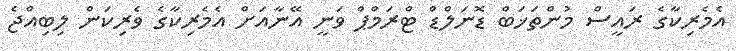
އެމެރިކާގެ ރައީސް މުންތަޚަބް ޑޮނަލްޑް ޓްރަމްޕް ވަނީ އޭނާއަށް އެމެރިކާގެ ވެރިކަން ލިބިއްޖެ